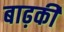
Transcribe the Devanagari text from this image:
बाढ़की